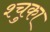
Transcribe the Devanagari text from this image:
श्चुका